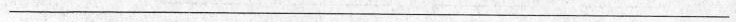
___